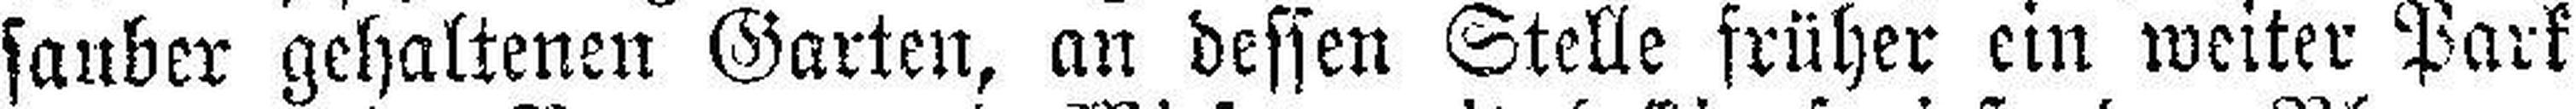
sauber gehaltenen Garten, an dessen Stelle früher ein weiter Park